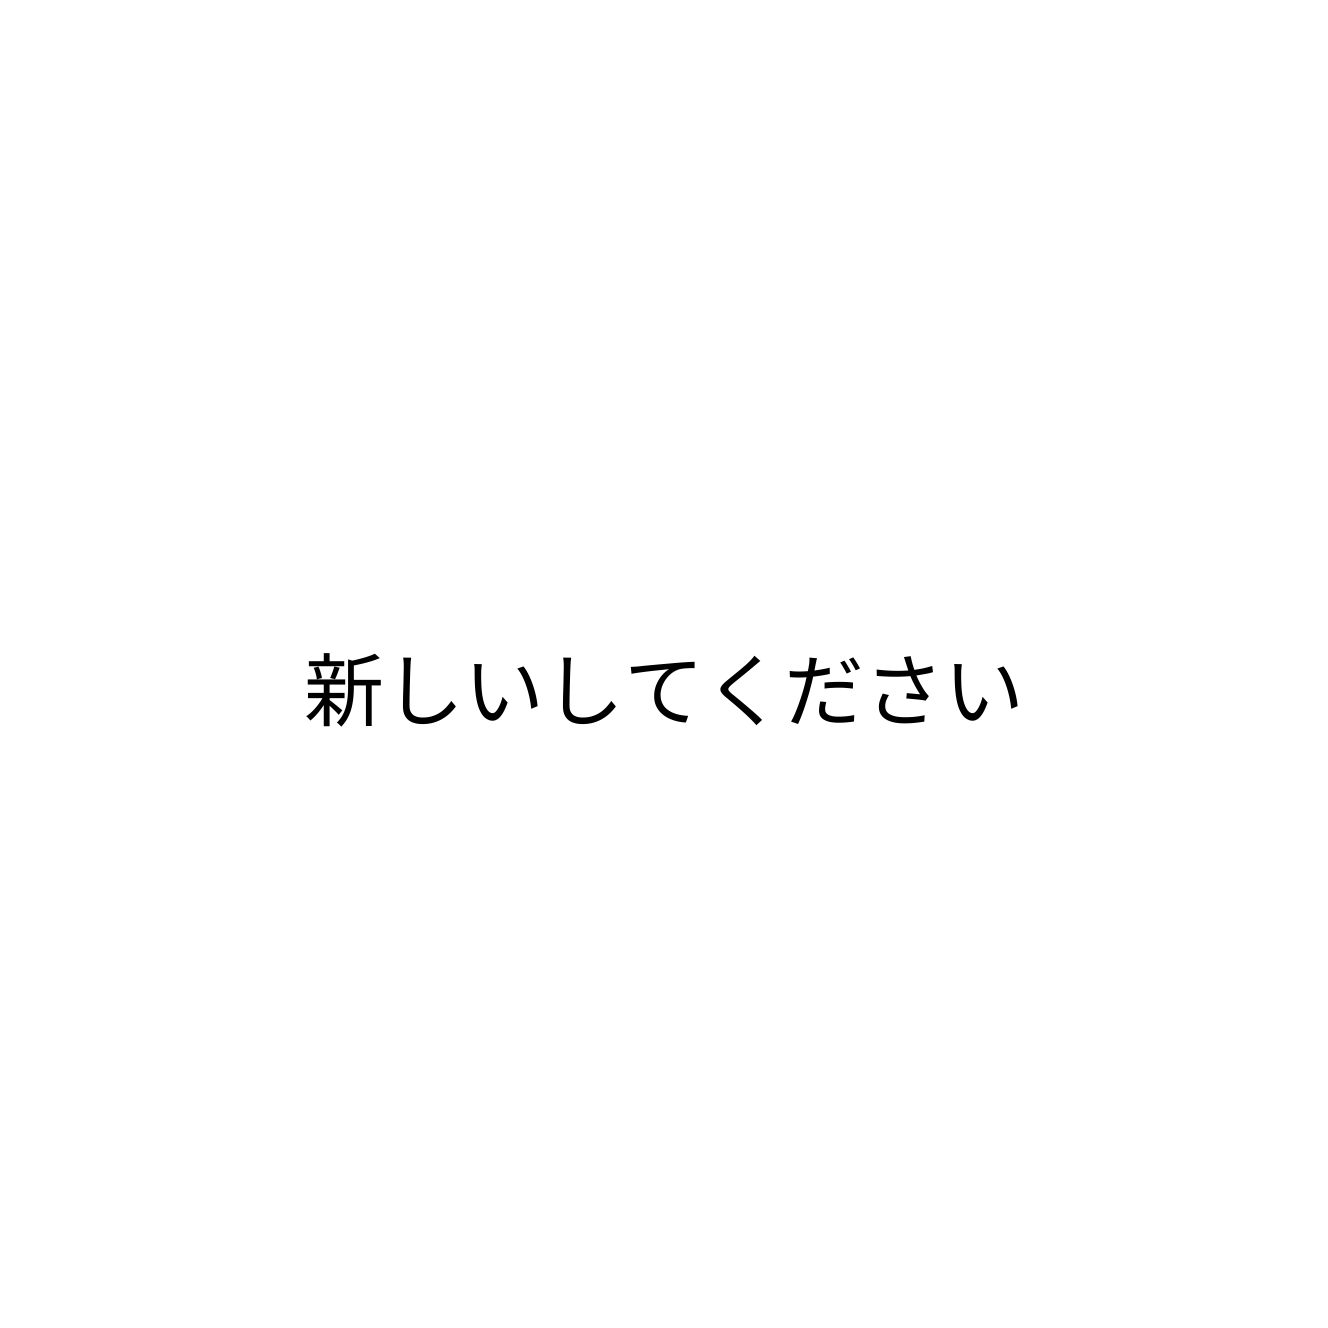
新しいしてください